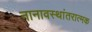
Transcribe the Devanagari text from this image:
नानावस्थांतरात्मक